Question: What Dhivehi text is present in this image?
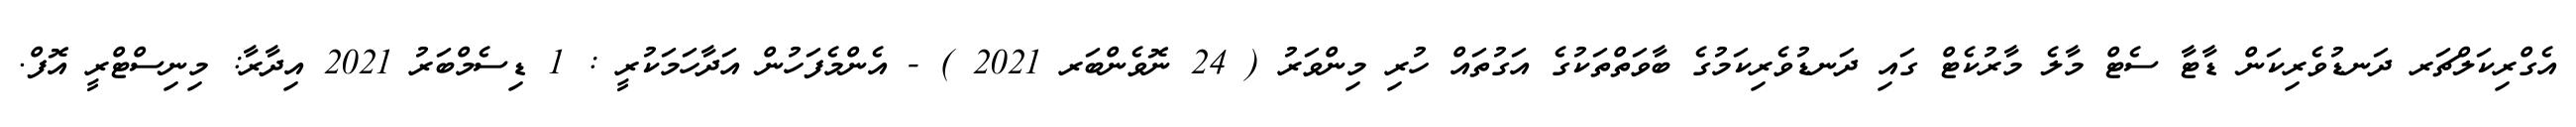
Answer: އެގްރިކަލްޗަރ ދަނޑުވެރިކަން ޑާޓާ ސެޓް މާލެ މާރުކެޓް ގައި ދަނޑުވެރިކަމުގެ ބާވަތްތަކުގެ އަގުތައް ހުރި މިންވަރު ( 24 ނޮވެންބަރ 2021 ) - އެންމެފަހުން އަދާހަމަކުރީ : 1 ޑިސެމްބަރު 2021 އިދާރާ: މިނިސްޓްރީ އޮފް.